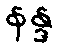
နန္ဒ